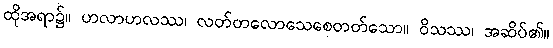
ထိုအရာ၌။ ဟလာဟလဿ၊ လတ်တလောသေစေတတ်သော။ ဝိသဿ၊ အဆိပ်၏။